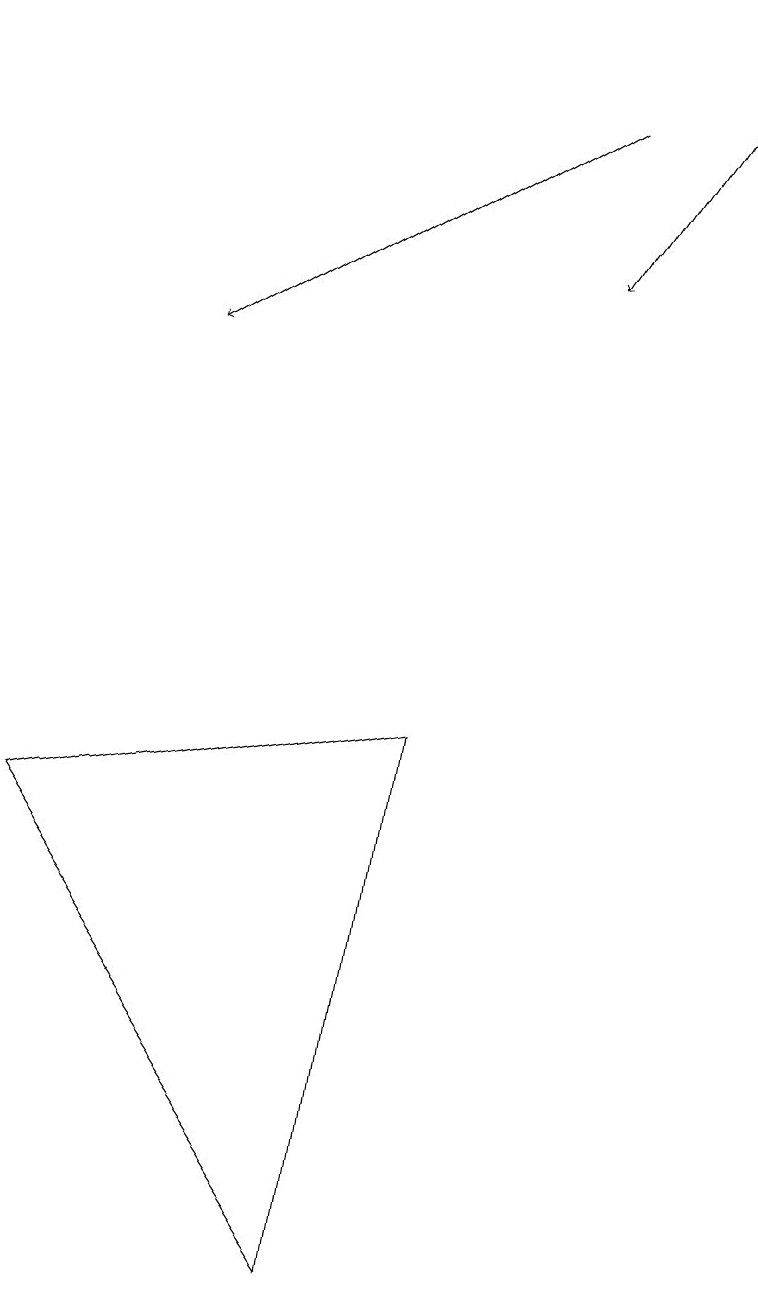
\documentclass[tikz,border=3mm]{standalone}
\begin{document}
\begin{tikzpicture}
\draw[->] (9,16) -- (7,13);
\draw (0,6) -- (5,7) -- (4,0) -- cycle;
\draw[->] (7,15) -- (2,12);
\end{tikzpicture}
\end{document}